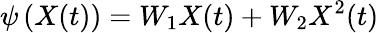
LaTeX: \psi\left(X(t)\right)=W_{1}X(t)+W_{2}X^{2}(t)